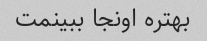
بهتره اونجا ببینمت